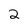
Character: 2